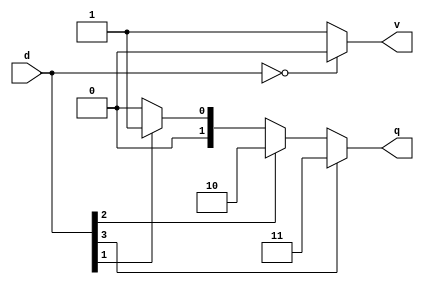
module priority_encoder (d,q,v);

input [3:0]d;
output reg [1:0]q;
output reg v;

//Assigning values to Output
always @(*) begin
    if (d[3]) begin
        q = 2'd3;
    end

    else if (d[2]) begin
        q = 2'd2;
    end

    else if (d[1]) begin
        q = 2'd1;
    end

    else
        q=2'd0;
end

//Assigning values to Valid
always @(*) begin
    if(!d)
    v=0;
    else
    v=1;
end
    
endmodule